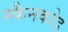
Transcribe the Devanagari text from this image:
स्कैनकोड